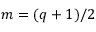
m = ( q + 1 ) / 2